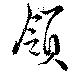
領